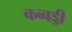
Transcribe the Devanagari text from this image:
कब्बड्डी